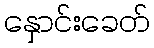
နှောင်းခေတ်